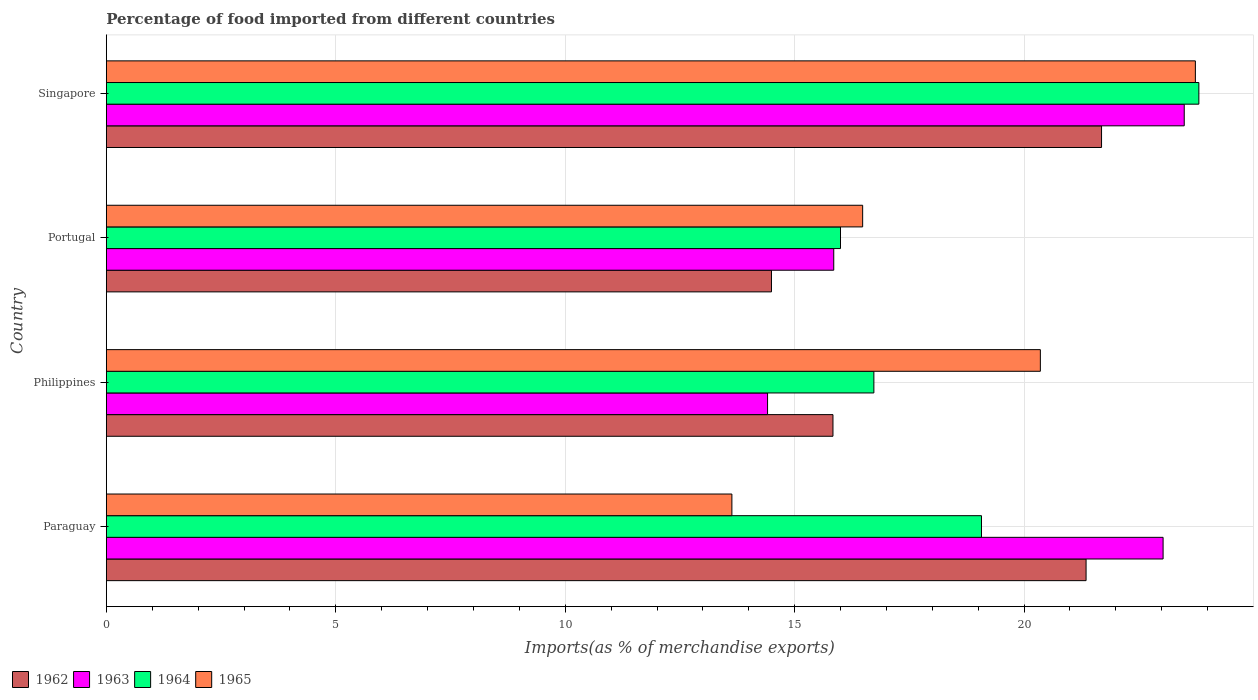
| Country | 1962 | 1963 | 1964 | 1965 |
 | --- | --- | --- | --- | --- |
 | Paraguay | 21.4 | 23 | 19.1 | 13.6 |
 | Philippines | 15.8 | 14.4 | 16.7 | 20.4 |
 | Portugal | 14.5 | 15.9 | 16 | 16.5 |
 | Singapore | 21.7 | 23.5 | 23.8 | 23.7 |